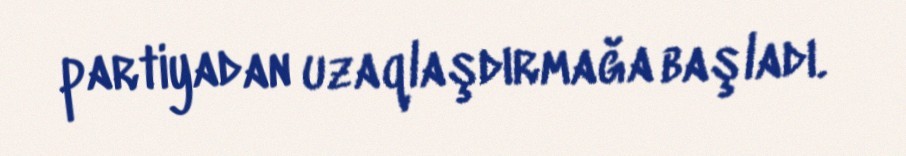
partiyadan uzaqlaşdırmağa başladı.